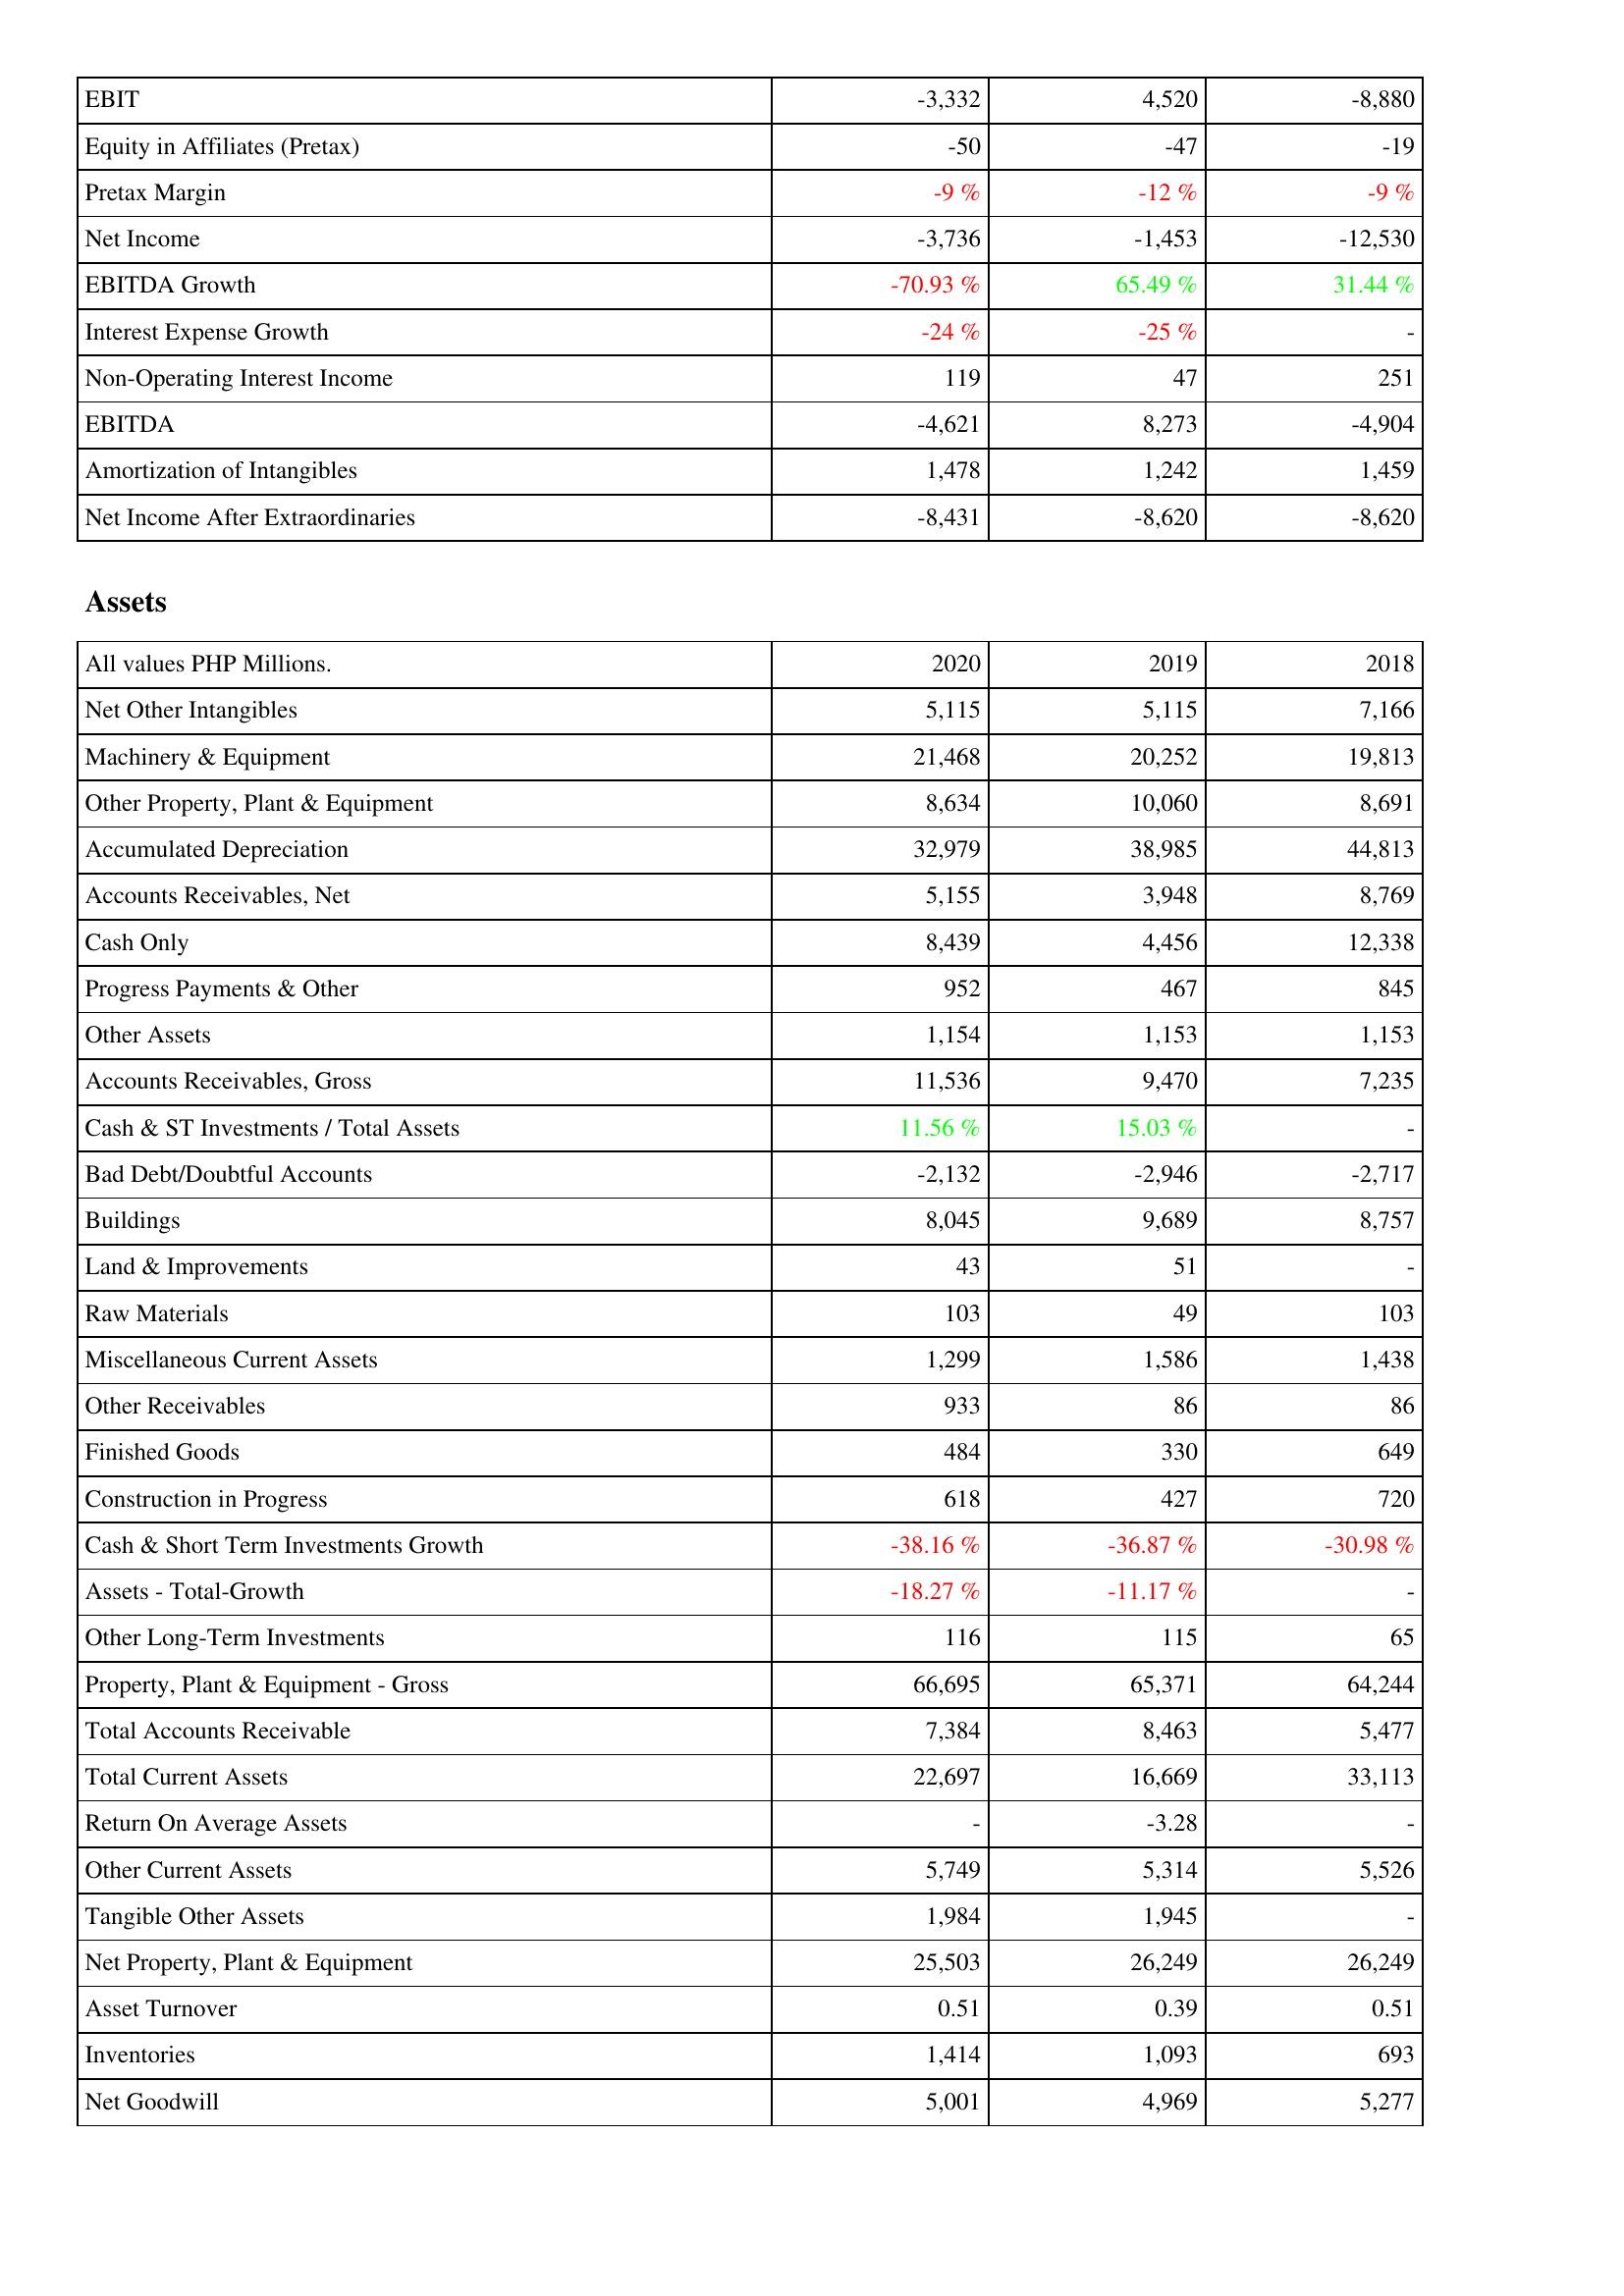
2020: Income Statement: EBIT: -3,332
Equity in Affiliates (Pretax): -50
Pretax Margin: -9 %
Net Income: -3,736
EBITDA Growth: -70.93 %
Interest Expense Growth: -24 %
Non-Operating Interest Income: 119
EBITDA: -4,621
Amortization of Intangibles: 1,478
Net Income After Extraordinaries: -8,431
Assets: Net Other Intangibles: 5,115
Machinery & Equipment: 21,468
Other Property, Plant & Equipment: 8,634
Accumulated Depreciation: 32,979
Accounts Receivables, Net: 5,155
Cash Only: 8,439
Progress Payments & Other: 952
Other Assets: 1,154
Accounts Receivables, Gross: 11,536
Cash & ST Investments / Total Assets: 11.56 %
Bad Debt/Doubtful Accounts: -2,132
Buildings: 8,045
Land & Improvements: 43
Raw Materials: 103
Miscellaneous Current Assets: 1,299
Other Receivables: 933
Finished Goods: 484
Construction in Progress: 618
Cash & Short Term Investments Growth: -38.16 %
Assets - Total-Growth: -18.27 %
Other Long-Term Investments: 116
Property, Plant & Equipment - Gross: 66,695
Total Accounts Receivable: 7,384
Total Current Assets: 22,697
Return On Average Assets: -
Other Current Assets: 5,749
Tangible Other Assets: 1,984
Net Property, Plant & Equipment: 25,503
Asset Turnover: 0.51
Inventories: 1,414
Net Goodwill: 5,001
2019: Income Statement: EBIT: 4,520
Equity in Affiliates (Pretax): -47
Pretax Margin: -12 %
Net Income: -1,453
EBITDA Growth: 65.49 %
Interest Expense Growth: -25 %
Non-Operating Interest Income: 47
EBITDA: 8,273
Amortization of Intangibles: 1,242
Net Income After Extraordinaries: -8,620
Assets: Net Other Intangibles: 5,115
Machinery & Equipment: 20,252
Other Property, Plant & Equipment: 10,060
Accumulated Depreciation: 38,985
Accounts Receivables, Net: 3,948
Cash Only: 4,456
Progress Payments & Other: 467
Other Assets: 1,153
Accounts Receivables, Gross: 9,470
Cash & ST Investments / Total Assets: 15.03 %
Bad Debt/Doubtful Accounts: -2,946
Buildings: 9,689
Land & Improvements: 51
Raw Materials: 49
Miscellaneous Current Assets: 1,586
Other Receivables: 86
Finished Goods: 330
Construction in Progress: 427
Cash & Short Term Investments Growth: -36.87 %
Assets - Total-Growth: -11.17 %
Other Long-Term Investments: 115
Property, Plant & Equipment - Gross: 65,371
Total Accounts Receivable: 8,463
Total Current Assets: 16,669
Return On Average Assets: -3.28
Other Current Assets: 5,314
Tangible Other Assets: 1,945
Net Property, Plant & Equipment: 26,249
Asset Turnover: 0.39
Inventories: 1,093
Net Goodwill: 4,969
2018: Income Statement: EBIT: -8,880
Equity in Affiliates (Pretax): -19
Pretax Margin: -9 %
Net Income: -12,530
EBITDA Growth: 31.44 %
Interest Expense Growth: -
Non-Operating Interest Income: 251
EBITDA: -4,904
Amortization of Intangibles: 1,459
Net Income After Extraordinaries: -8,620
Assets: Net Other Intangibles: 7,166
Machinery & Equipment: 19,813
Other Property, Plant & Equipment: 8,691
Accumulated Depreciation: 44,813
Accounts Receivables, Net: 8,769
Cash Only: 12,338
Progress Payments & Other: 845
Other Assets: 1,153
Accounts Receivables, Gross: 7,235
Cash & ST Investments / Total Assets: -
Bad Debt/Doubtful Accounts: -2,717
Buildings: 8,757
Land & Improvements: -
Raw Materials: 103
Miscellaneous Current Assets: 1,438
Other Receivables: 86
Finished Goods: 649
Construction in Progress: 720
Cash & Short Term Investments Growth: -30.98 %
Assets - Total-Growth: -
Other Long-Term Investments: 65
Property, Plant & Equipment - Gross: 64,244
Total Accounts Receivable: 5,477
Total Current Assets: 33,113
Return On Average Assets: -
Other Current Assets: 5,526
Tangible Other Assets: -
Net Property, Plant & Equipment: 26,249
Asset Turnover: 0.51
Inventories: 693
Net Goodwill: 5,277